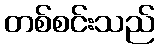
တစ်စင်းသည်